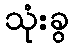
သုံးခွ